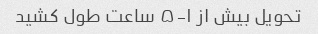
تحویل بیش از ۱-۵ ساعت طول کشید